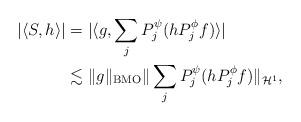
LaTeX: \begin{align*}|\langle S, h \rangle|& = |\langle g, \sum_{j} P_j^{\psi} ( h P_{ j} ^{\phi} f) \rangle| \\& \lesssim \| g \|_{\operatorname{BMO}} \| \sum_{j} P_j ^{\psi} (h P_{ j}^{\phi} f ) \|_{\mathcal H^1},\end{align*}